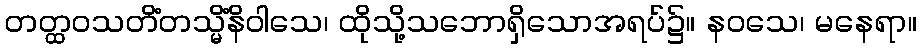
တတ္ထဝသတိံတသ္မိံနိဝါသေ၊ ထိုသို့သဘောရှိသောအရပ်၌။ နဝသေ၊ မနေရာ။